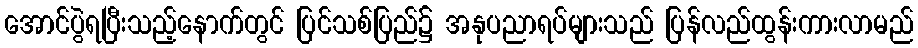
အောင်ပွဲရပြီးသည့်နောက်တွင် ပြင်သစ်ပြည်၌ အနုပညာရပ်များသည် ပြန်လည်ထွန်းကားလာမည်